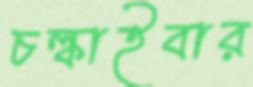
চল্‌কাইবার